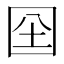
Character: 囶